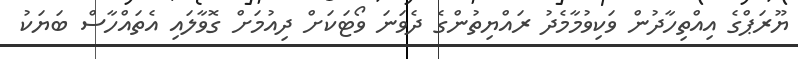
ޔޫރަޕްގެ އިއްތިހާދުން ވަކިވުމާމެދު ރައްޔިތުންގެ ދެވަނަ ވޯޓަކަށް ދިއުމަށް ގޮވާލައި އެތައްހާސް ބަޔަކު